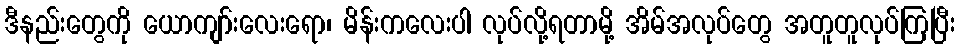
ဒီနည်းတွေကို ယောကျာ်းလေးရော၊ မိန်းကလေးပါ လုပ်လို့ရတာမို့ အိမ်အလုပ်တွေ အတူတူလုပ်ကြပြီး